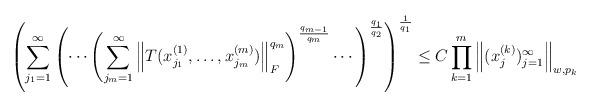
LaTeX: \begin{align*}\left( \sum\limits_{j_{1}=1}^{\infty}\left( \cdots\left( \sum\limits_{j_{m}=1}^{\infty}\left\Vert T( x_{j_{1}}^{(1)},\dots,x_{j_{m}}^{(m)})\right\Vert_{F}^{q_{m}}\right)^{\frac{q_{m-1}}{q_{m}}}\cdots\right)^{\frac{q_{1}}{q_{2}}}\right)^{\frac{1}{q_{1}}}\leq C \prod\limits_{k=1}^{m}\left\Vert(x_{j}^{(k)})_{j=1}^{\infty}\right\Vert _{w,p_{k}}\end{align*}